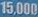
15.000